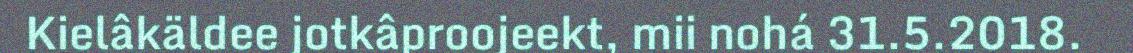
Kielâkäldee jotkâproojeekt, mii nohá 31.5.2018.